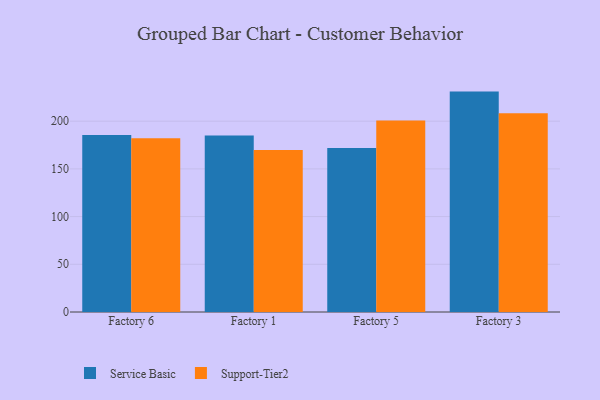
{"axis": {"x": "Factory", "y": "Churn Rate (%)"}, "legend": ["Service Basic", "Support-Tier2"], "data": [{"x": "Factory 6", "y": 185.6, "type": "Service Basic"}, {"x": "Factory 6", "y": 182.1, "type": "Support-Tier2"}, {"x": "Factory 1", "y": 185.0, "type": "Service Basic"}, {"x": "Factory 1", "y": 169.9, "type": "Support-Tier2"}, {"x": "Factory 5", "y": 171.9, "type": "Service Basic"}, {"x": "Factory 5", "y": 200.6, "type": "Support-Tier2"}, {"x": "Factory 3", "y": 231.0, "type": "Service Basic"}, {"x": "Factory 3", "y": 208.4, "type": "Support-Tier2"}]}